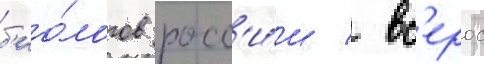
б'ио́логов росс'и́и / вс'ерос